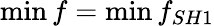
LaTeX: \operatorname*{min}{f}=\operatorname*{min}{f_{SH1}}